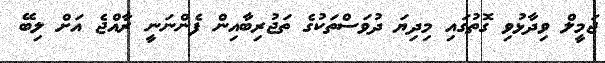
ޖަމީލް ވިދާޅުވި ގޮތުގައި މިިދިޔަ ދުވަސްތަކުގެ ތަޖުރިބާއިން ފެންނަނީ ރާއްޖެ އަށް ލިބޭ